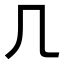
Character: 𠘧